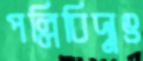
পল্লিবিদ্যুৎ